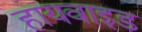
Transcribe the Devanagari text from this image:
हायवाइड